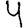
Digit: 4